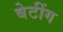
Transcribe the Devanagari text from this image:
बेटींग